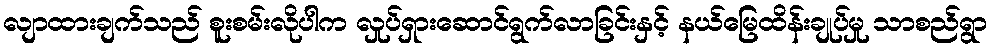
လျာထားချက်သည် စူးစမ်းလိုပါက လှုပ်ရှားဆောင်ရွက်လာခြင်းနှင့် နယ်မြေထိန်းချုပ်မှု သာစည်ရွာ